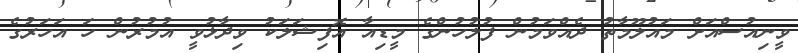
ވީނިއުސްއަށް މައުލޫމާތު ދެއްވަމުން ފުލުހުންގެ މީޑިއާ އޮފިޝަލަކު ވިދާޅުވީ އުމުރުން ހަ އަހަރުގެ